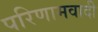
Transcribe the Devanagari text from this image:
परिणामवादी